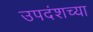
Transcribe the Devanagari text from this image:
उपदंशच्या